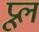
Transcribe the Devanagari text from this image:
प्रूल